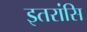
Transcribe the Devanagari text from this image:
इतरांसि